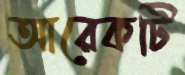
আরেকটি